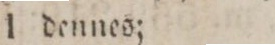
1 dennes;